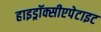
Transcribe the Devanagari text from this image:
हाइड्रॉक्सीएपेटाइट